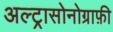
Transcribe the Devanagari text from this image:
अल्ट्रासोनोग्राफ़ी